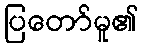
ပြတော်မူ၏